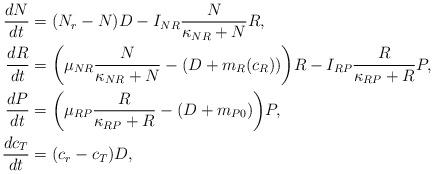
LaTeX: \begin{align*}\frac{dN}{dt}&=(N_r-N)D-I_{NR}\frac{N}{\kappa_{NR}+N}R, \\\frac{dR}{dt}&=\bigg(\mu_{NR}\frac{N}{\kappa_{NR}+N}-(D+m_R(c_R))\bigg)R-I_{RP}\frac{R}{\kappa_{RP}+R}P, \\\frac{dP}{dt}&=\bigg(\mu_{RP}\frac{R}{\kappa_{RP}+R}-(D+m_{P0})\bigg)P,\\\frac{dc_{T}}{dt}&=(c_{r}-c_{T})D, \end{align*}